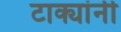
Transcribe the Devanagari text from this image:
टाक्यांनी